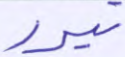
تبور